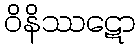
ဝိနိဿဋော